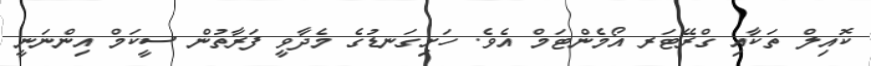
ކޮއިލް ތަކާއި ގްރޭޓަރ އޯމެންޓަމް އެވެ. ހަށިގަނޑުގެ މެދާވީ ފަރާތުން ސީކަމް އިންނަނީ